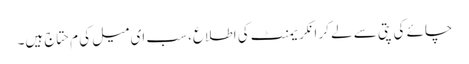
چائے کی پتی سے لے کر انکریمنٹ کی اطلاع، سب ای میل کی م حتاج ہیں۔